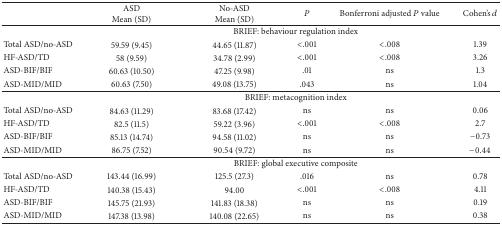
<table><thead><tr><td><b> </b></td><td><b>ASD Mean (SD)</b></td><td><b>No-ASD Mean (SD)</b></td><td><b><i>P</i></b></td><td><b>Bonferroni adjusted <i>P</i> value</b></td><td><b>Cohen&#x27;s <i>d</i></b></td></tr></thead><tbody><tr><td> </td><td colspan="5">BRIEF: behaviour regulation index</td></tr><tr><td>Total ASD/no-ASD</td><td>59.59 (9.45)</td><td>44.65 (11.87)</td><td>&lt;.001</td><td>&lt;.008</td><td>1.39</td></tr><tr><td>HF-ASD/TD</td><td>58 (9.59)</td><td>34.78 (2.99)</td><td>&lt;.001</td><td>&lt;.008</td><td>3.26</td></tr><tr><td>ASD-BIF/BIF</td><td>60.63 (10.50)</td><td>47.25 (9.98)</td><td>.01</td><td>ns</td><td>1.3</td></tr><tr><td>ASD-MID/MID</td><td>60.63 (7.50)</td><td>49.08 (13.75)</td><td>.043</td><td>ns</td><td>1.04</td></tr><tr><td> </td><td colspan="5">BRIEF: metacognition index</td></tr><tr><td>Total ASD/no-ASD</td><td>84.63 (11.29)</td><td>83.68 (17.42)</td><td>ns</td><td>ns</td><td>0.06</td></tr><tr><td>HF-ASD/TD</td><td>82.5 (11.5)</td><td>59.22 (3.96)</td><td>&lt;.001</td><td>&lt;.008</td><td>2.7</td></tr><tr><td>ASD-BIF/BIF</td><td>85.13 (14.74)</td><td>94.58 (11.02)</td><td>ns</td><td>ns</td><td>−0.73</td></tr><tr><td>ASD-MID/MID</td><td>86.75 (7.52)</td><td>90.54 (9.72)</td><td>ns</td><td>ns</td><td>−0.44</td></tr><tr><td> </td><td colspan="5">BRIEF: global executive composite</td></tr><tr><td>Total ASD/no-ASD</td><td>143.44 (16.99)</td><td>125.5 (27.3)</td><td>.016</td><td>ns</td><td>0.78</td></tr><tr><td>HF-ASD/TD</td><td>140.38 (15.43)</td><td>94.00</td><td>&lt;.001</td><td>&lt;.008</td><td>4.11</td></tr><tr><td>ASD-BIF/BIF</td><td>145.75 (21.93)</td><td>141.83 (18.38)</td><td>ns</td><td>ns</td><td>0.19</td></tr><tr><td>ASD-MID/MID</td><td>147.38 (13.98)</td><td>140.08 (22.65)</td><td>ns</td><td>ns</td><td>0.38</td></tr></tbody></table>